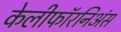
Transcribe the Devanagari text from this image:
केलीफॉरनिअंस